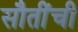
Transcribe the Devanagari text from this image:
सौतींची